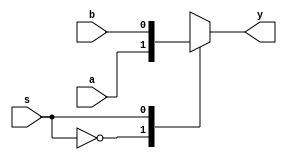
module mux2x1_behavioral (a, b, s, y);
	
	input a, b, s;
	output y;

	reg y;

	always @ (s or a or b)
	begin
		case (s)
			1'b0: y = a;
			1'b1: y = b;
		endcase
	end 

endmodule